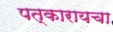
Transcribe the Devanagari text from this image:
पत्कारायचा